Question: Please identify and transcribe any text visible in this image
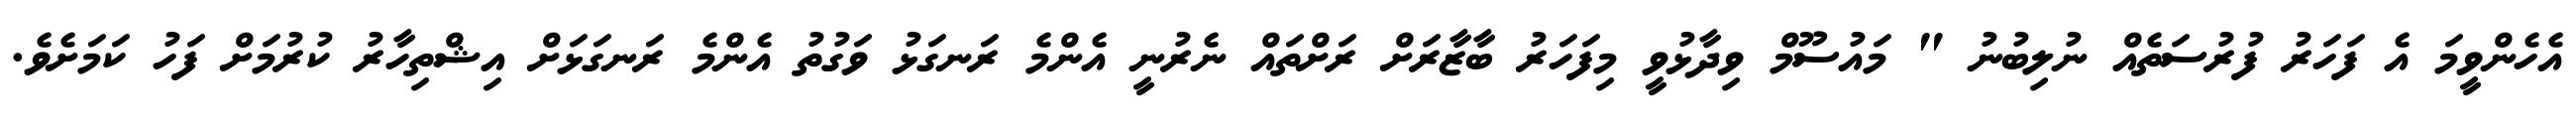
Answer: އެހެންވީމަ އެ ފަހަރު ފުރުސަތެއް ނުލިބުނު " މައުސޫމް ވިދާޅުވީ މިފަހަރު ބާޒާރަށް ރަށްތައް ނެރުނީ އެންމެ ރަނގަޅު ވަގުތު އެންމެ ރަނގަޅަށް އިޝްތިހާރު ކުރުމަށް ފަހު ކަމަށެވެ.